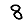
Digit: 8